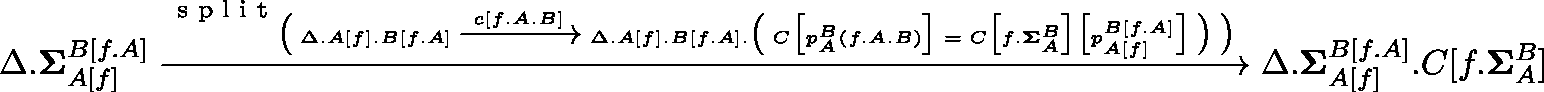
\Delta . \mathbf { { \Sigma } } _ { A [ f ] } ^ { B [ f . A ] } \xrightarrow { \textnormal { s p l i t } _ { \big ( \; \Delta . A [ f ] . B [ f . A ] \; \xrightarrow { c [ f . A . B ] } \; \Delta . A [ f ] . B [ f . A ] . \big ( \; C \big [ p _ { A } ^ { B } ( f . A . B ) \big ] \; = \; C \big [ f . \mathbf { { \Sigma } } _ { A } ^ { B } \big ] \big [ p _ { A [ f ] } ^ { B [ f . A ] } \big ] \; \big ) \; \big ) } } \Delta . \mathbf { { \Sigma } } _ { A [ f ] } ^ { B [ f . A ] } . C [ f . \mathbf { { \Sigma } } _ { A } ^ { B } ]